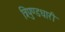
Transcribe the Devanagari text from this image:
त्रिपुण्डधारी